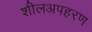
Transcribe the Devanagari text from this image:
शीलअपहरण